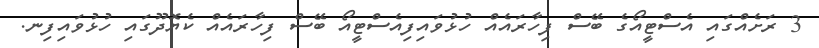
3 ރަށެއްގައި އެސްޓީއޯގެ ބޭސް ފިހާރައެއް ހުޅުވައިފިއެސްޓީއޯ ބޭސް ފިހާރައެއް ކެޔޮދޫގައި ހުޅުވައިފިނ.